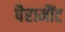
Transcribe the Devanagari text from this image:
पैरामौंट